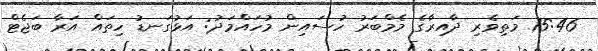
15:46 މަތިވެރި ދާއިރާގެ މެމްބަރު ހުސައިން މުހައްމަދު: އަޅުގަނޑު ހިތައް އަރާ ބަޖެޓް